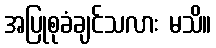
အပြုစုခံချင်သလား မသိ။